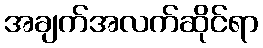
အချက်အလက်ဆိုင်ရာ